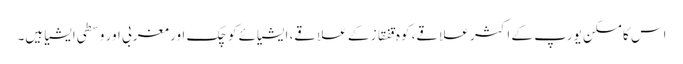
اس کا مسکن یورپ کے اکثر علاقے، کوہ قفقاز کے علاقے، ایشیائے کوچک اور مغربی اور وسطی ایشیا ہیں۔